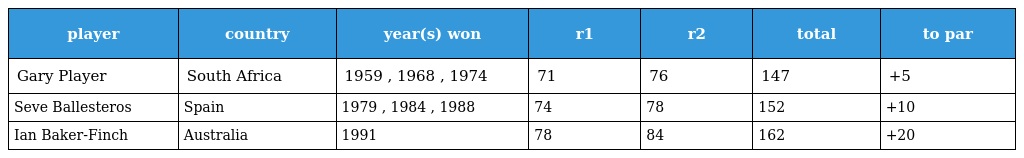
| player | country | year(s) won | r1 | r2 | total | to par |
 | --- | --- | --- | --- | --- | --- | --- |
 | Gary Player | South Africa | 1959 , 1968 , 1974 | 71 | 76 | 147 | +5 |
 | Seve Ballesteros | Spain | 1979 , 1984 , 1988 | 74 | 78 | 152 | +10 |
 | Ian Baker-Finch | Australia | 1991 | 78 | 84 | 162 | +20 |